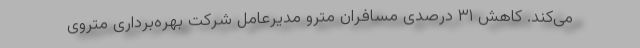
می‌کند. کاهش ۳۱ درصدی مسافران مترو مدیرعامل شرکت بهره‌برداری متروی